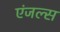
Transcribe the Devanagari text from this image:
एंजल्‍स